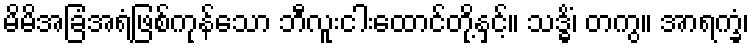
မိမိအခြံအရံဖြစ်ကုန်သော ဘီလူးငါးထောင်တို့နှင့်။ သဒ္ဓိံ၊ တကွ။ အာရက္ခံ၊